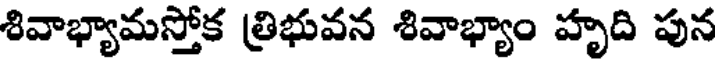
శివాభ్యామస్తోక త్రిభువన శివాభ్యాం హృది పున